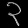
Digit: ၃